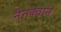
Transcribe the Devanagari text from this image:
नैनक्वान